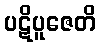
ပဋိပူဇေတိ